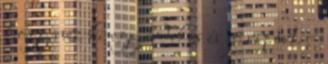
hogy néz ki egy érdekes és jó riport. =